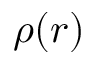
\rho ( r )